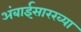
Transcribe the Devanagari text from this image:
अंबाईसारख्या